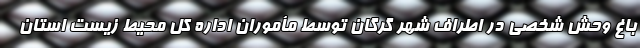
باغ وحش شخصی در اطراف شهر گرگان توسط مأموران اداره‌ کل محیط زیست استان